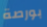
بورصة